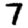
Digit: 7